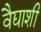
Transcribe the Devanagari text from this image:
वैद्याशी